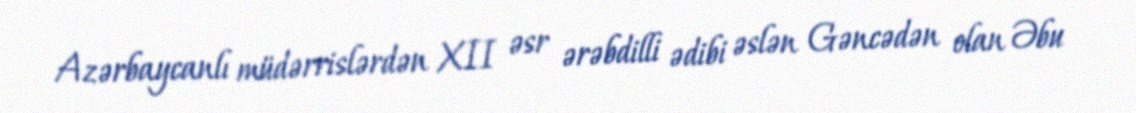
Azərbaycanlı müdərrislərdən XII əsr ərəbdilli ədibi əslən Gəncədən olan Əbu